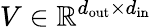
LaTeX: V\in\mathbb{R}^{d_{\mathrm{out}}\times d_{\mathrm{in}}}